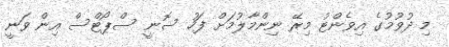
މި ދުވުމުގެ އިވެންޓު މިރޭ ނިންމާލުމަށް ފަހު ސޮނީ ސްޕޯޓްސް އިން ވަނީ